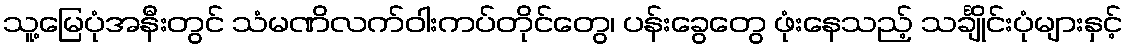
သူ့မြေပုံအနီးတွင် သံမဏိလက်ဝါးကပ်တိုင်တွေ၊ ပန်းခွေတွေ ဖုံးနေသည့် သင်္ချိုင်းပုံများနှင့်